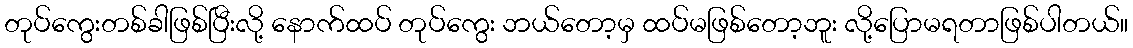
တုပ်ကွေးတစ်ခါဖြစ်ပြီးလို့ နောက်ထပ် တုပ်ကွေး ဘယ်တော့မှ ထပ်မဖြစ်တော့ဘူး လို့ပြောမရတာဖြစ်ပါတယ်။